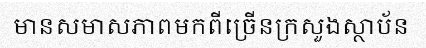
មានសមាសភាពមកពីច្រើនក្រសួងស្ថាប័ន